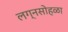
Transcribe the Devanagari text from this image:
लग्नसोहळा